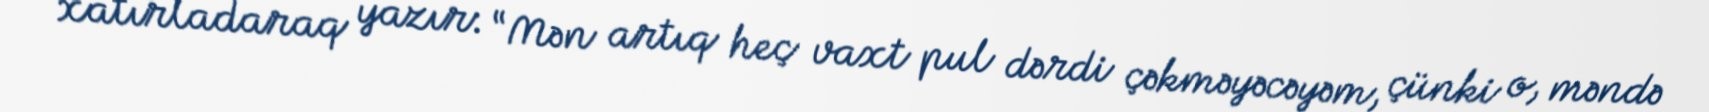
xatırladaraq yazır: “Mən artıq heç vaxt pul dərdi çəkməyəcəyəm, çünki o, məndə